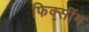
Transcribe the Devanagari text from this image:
फिक्सींग